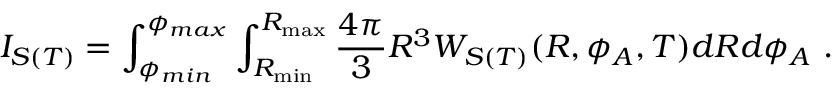
I _ { S ( T ) } = \int _ { \phi _ { m i n } } ^ { \phi _ { m a x } } \int _ { R _ { \mathrm { m i n } } } ^ { R _ { \mathrm { m a x } } } \frac { 4 \pi } { 3 } R ^ { 3 } W _ { S ( T ) } ( R , \phi _ { A } , T ) d R d \phi _ { A } ~ .